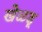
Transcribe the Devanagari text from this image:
खेळडू